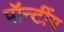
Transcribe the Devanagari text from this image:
पॉन्टींग